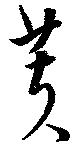
芙